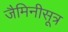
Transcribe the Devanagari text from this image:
जैमिनीसूत्र